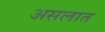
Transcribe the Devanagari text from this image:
असलात